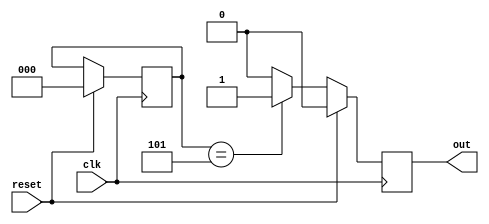
module gray_counter(clk,reset,out);

input wire clk,reset; //clock and reset as input

output reg out; //output

//defining eight different states
parameter S0 = 3'b000,
S1 = 3'b001,
S2 = 3'b011,
S3 = 3'b010,
S4 = 3'b110,
S5 = 3'b111,
S6 = 3'b101,
S7 = 3'b100;

reg [2:0] state,next_state; //reg storing current and next state

initial begin
    state = S0; //initial state
end

always @(posedge clk ) begin //at every posedge the state changes

    if(reset==1'b1) begin //again to start count from begining
       state = S0;
       out= 1'b0;
    end
    else begin
      case (state)
        S0: begin 
            #1state <= S1;
            out= 1'b0;
        end
        S1: begin #1state <= S2; 
            out= 1'b0; 
        end
        S2: begin #1state <= S3; 
            out= 1'b0; 
        end
        S3: begin #1state <= S4; 
            out= 1'b0; 
        end
        S4: begin #1state <= S5;
            out= 1'b0;
        end 
        S5: begin #1state <= S6;
            out= 1'b0; 
        end
        S6: begin #1state <= S7; //to the last state after which the output is high showing count reached to 7
            out= 1'b1;   
        end
        default: begin #1state <= S0;
        out = 1'b0;
        end 
    endcase
    
    end

    
end

always @(state) begin
$display("Present state= %b output = %b",state,out);   //displaying output after change of states
end
endmodule